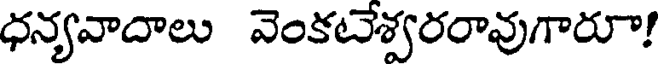
ధన్యవాదాలు వెంకటేశ్వరరావుగారూా!